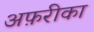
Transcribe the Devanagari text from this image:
अफ़रीका